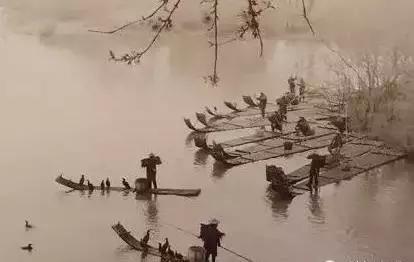
夫因兵死守蓬茅，麻苎衣衫鬓发焦。